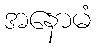
အနောမံ